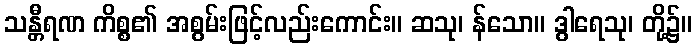
သန္တီရဏ ကိစ္စ၏ အစွမ်းဖြင့်လည်းကောင်း။ ဆသု၊ န်သော။ ဒွါရေသု၊ တို့၌။